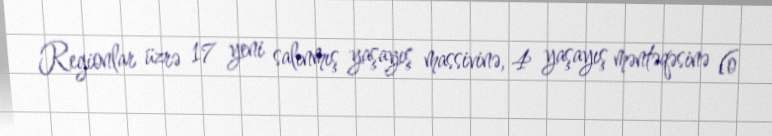
Regionlar üzrə 17 yeni salınmış yaşayış massivinə, 4 yaşayış məntəqəsinə (o